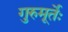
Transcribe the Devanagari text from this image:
गुरुमूर्तेः